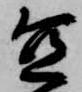
宜